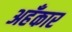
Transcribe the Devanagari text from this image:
अहँकार